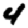
Digit: 4